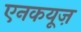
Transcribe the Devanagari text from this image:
एनकयूज़